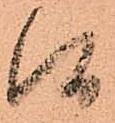
候